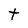
Character: t